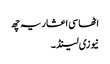
اٹھاسی اعشاریہ چھ
نیوزی لینڈ ۔